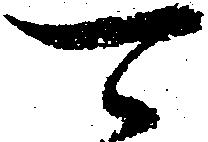
可